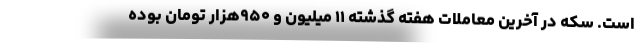
است. سکه در آخرین معاملات هفته گذشته ۱۱ میلیون و ۹۵۰هزار تومان بوده